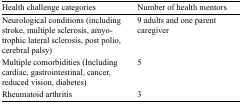
| Health challenge categories | Number of health mentors |
 | --- | --- |
 | Neurological conditions (including stroke, multiple sclerosis, amyotrophic lateral sclerosis, post polio, cerebral palsy) | 9 adults and one parent caregiver |
 | Multiple comorbidities (Including cardiac, gastrointestinal, cancer, reduced vision, diabetes) | 5 |
 | Rheumatoid arthritis | 3 |